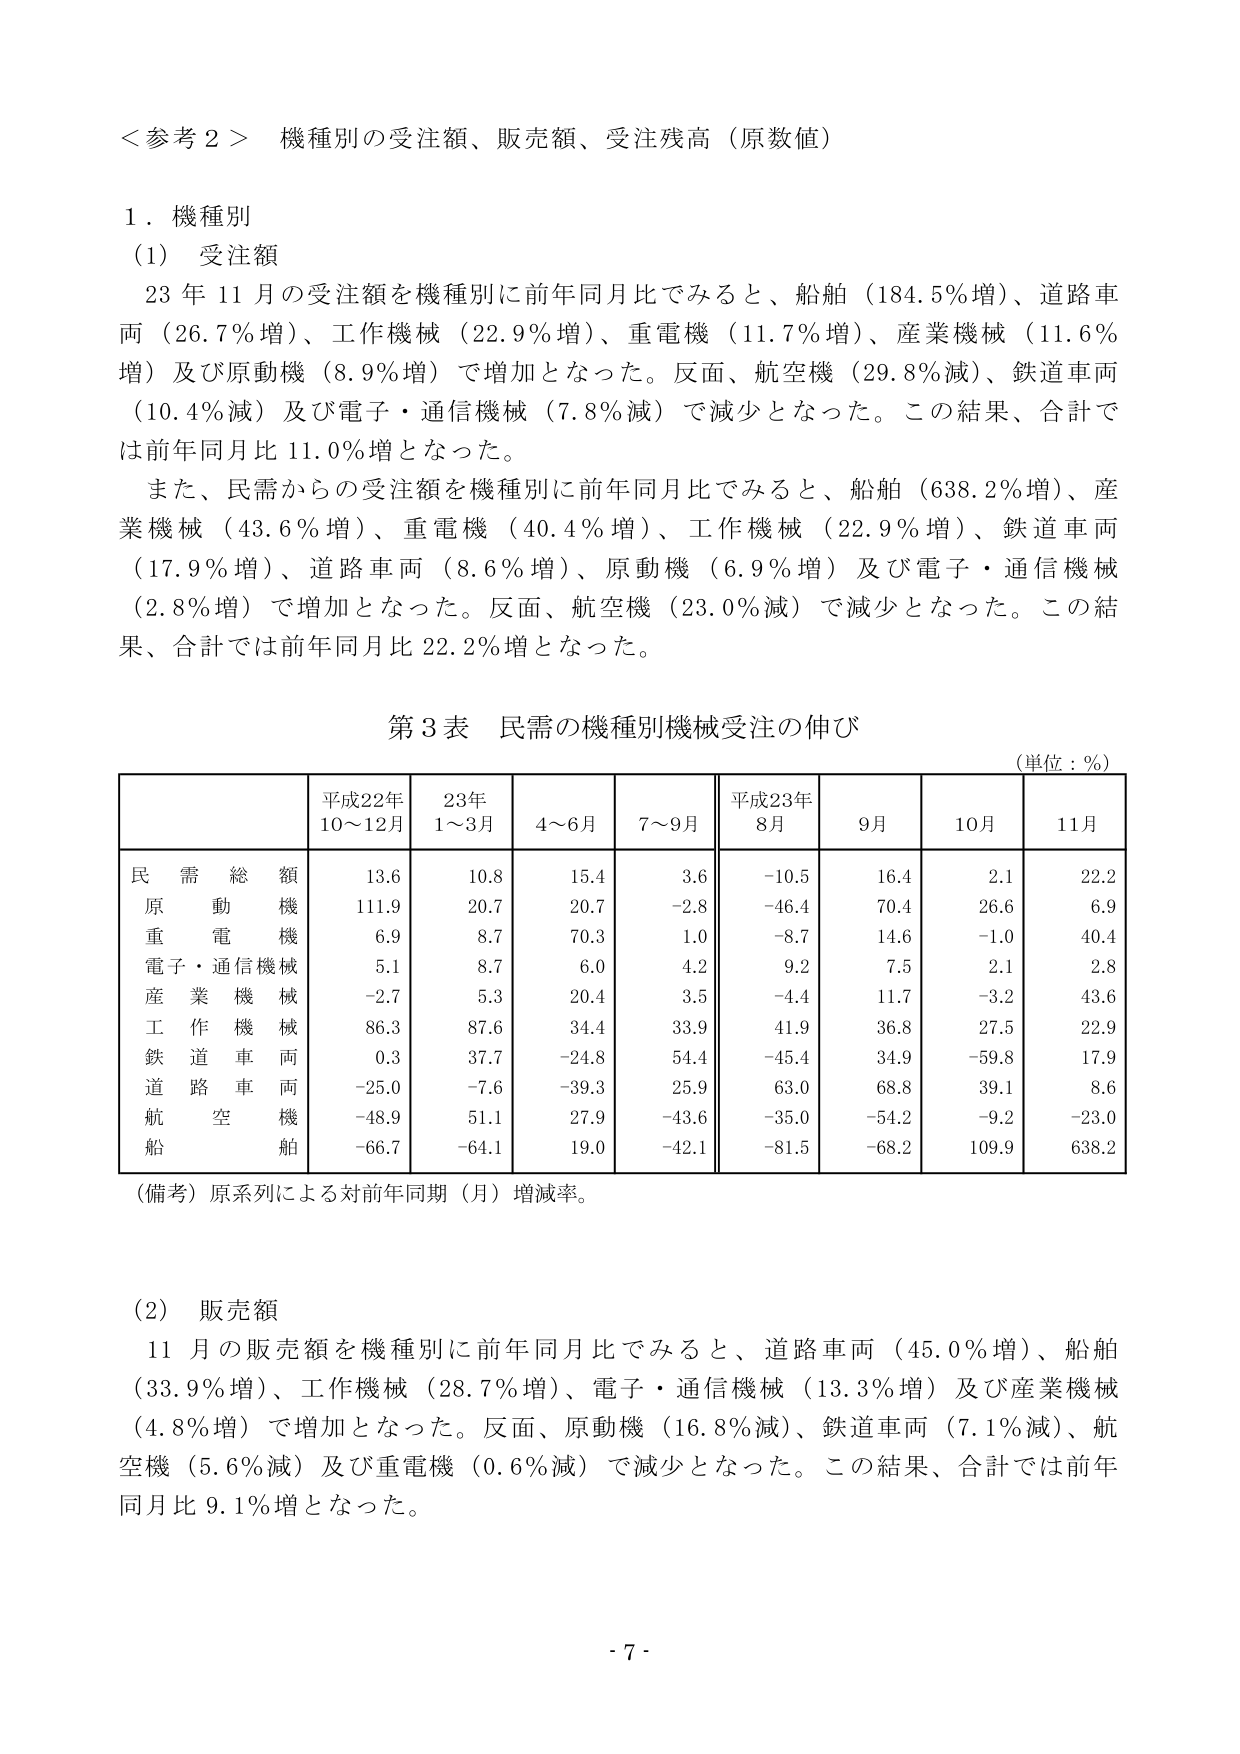
＜参考２＞ 機種別の受注額、販売額、受注残高（原数値）

１．機種別

（1）受注額

23年11月の受注額を機種別に前年同月比でみると、船舶（184.5％増）、道路車両（26.7％増）、工作機械（22.9％増）、重電機（11.7％増）、産業機械（11.6％増）及び原動機（8.9％増）で増加となった。反面、航空機（29.8％減）、鉄道車両（10.4％減）及び電子・通信機械（7.8％減）で減少となった。この結果、合計では前年同月比11.0％増となった。

また、民需からの受注額を機種別に前年同月比でみると、船舶（638.2％増）、産業機械（43.6％増）、重電機（40.4％増）、工作機械（22.9％増）、鉄道車両（17.9％増）、道路車両（8.6％増）、原動機（6.9％増）及び電子・通信機械（2.8％増）で増加となった。反面、航空機（23.0％減）で減少となった。この結果、合計では前年同月比22.2％増となった。

第3表 民需の機種別機械受注の伸び

（単位：％）

| | 平成22年10～12月 | 23年1～3月 | 4～6月 | 7～9月 | 平成23年8月 | 9月 | 10月 | 11月 |
|---|---|---|---|---|---|---|---|---|
| 民需総額 | 13.6 | 10.8 | 15.4 | 3.6 | -10.5 | 16.4 | 2.1 | 22.2 |
| 原動機 | 111.9 | 20.7 | 20.7 | -2.8 | -46.4 | 70.4 | 26.6 | 6.9 |
| 重電機 | 6.9 | 8.7 | 70.3 | 1.0 | -8.7 | 14.6 | -1.0 | 40.4 |
| 電子・通信機械 | 5.1 | 8.7 | 6.0 | 4.2 | 9.2 | 7.5 | 2.1 | 2.8 |
| 産業機械 | -2.7 | 5.3 | 20.4 | 3.5 | -4.4 | 11.7 | -3.2 | 43.6 |
| 工作機械 | 86.3 | 87.6 | 34.4 | 33.9 | 41.9 | 36.8 | 27.5 | 22.9 |
| 鉄道車両 | 0.3 | 37.7 | -24.8 | 54.4 | -45.4 | 34.9 | -59.8 | 17.9 |
| 道路車両 | -25.0 | -7.6 | -39.3 | 25.9 | 63.0 | 68.8 | 39.1 | 8.6 |
| 航空機 | -48.9 | 51.1 | 27.9 | -43.6 | -35.0 | -54.2 | -9.2 | -23.0 |
| 船舶 | -66.7 | -64.1 | 19.0 | -42.1 | -81.5 | -68.2 | 109.9 | 638.2 |

（備考）原系列による対前年同期（月）増減率。

（2）販売額

11月の販売額を機種別に前年同月比でみると、道路車両（45.0％増）、船舶（33.9％増）、工作機械（28.7％増）、電子・通信機械（13.3％増）及び産業機械（4.8％増）で増加となった。反面、原動機（16.8％減）、鉄道車両（7.1％減）、航空機（5.6％減）及び重電機（0.6％減）で減少となった。この結果、合計では前年同月比9.1％増となった。

- 7 -